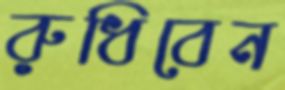
রুধিবেন